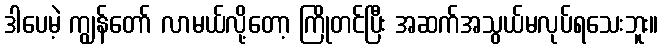
ဒါပေမဲ့ ကျွန်တော် လာမယ်လို့တော့ ကြိုတင်ပြီး အဆက်အသွယ်မလုပ်ရသေးဘူး။